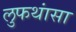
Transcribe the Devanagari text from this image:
लुफथांसा